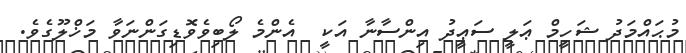
މުޙައްމަދު ޝަހީމް ޢަލީ ސަޢީދު އިންސާނާ އަކީ  އެންމެ ލޯބިވެވޮޑިގަންނަވާ މަޚްލޫގެވެ.